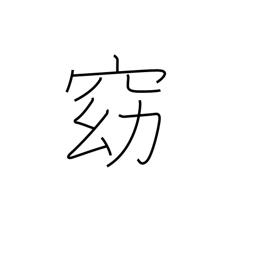
Meaning: quiet